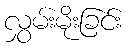
လွှမ်းမိုးခြင်း